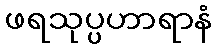
ဖရသုပ္ပဟာရာနံ